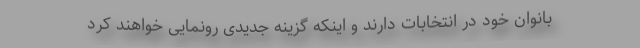
بانوان خود در انتخابات دارند و اینکه گزینه جدیدی رونمایی خواهند کرد